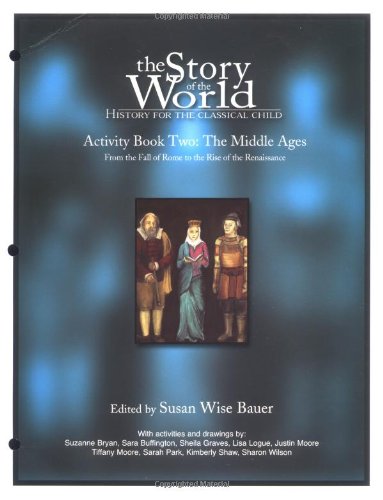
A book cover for The Story of the World, Activity book two, The Middle Ages: From the fall of Rome to the rise of the Renaissance; Susan Wise Bauer; Self-Help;